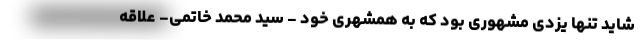
شاید تنها یزدی‌ مشهوری بود که به همشهری خود - سید محمد خاتمی- علاقه